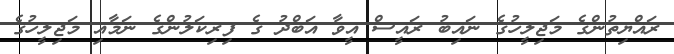
ރައްޔިތުންގެ މަޖިލީހުގެ ނައިބު ރައީސް އީވާ އަބްދު ގެ ފިރިކަލުންގެ ނަމާއި މަޖިލީހުގެ